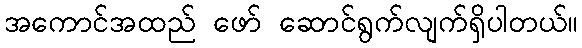
အကောင်အထည် ဖော် ဆောင်ရွက်လျက်ရှိပါတယ်။